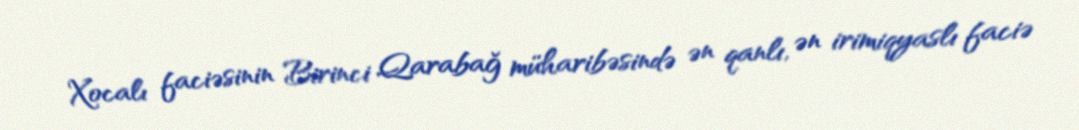
Xocalı faciəsinin Birinci Qarabağ müharibəsində ən qanlı, ən irimiqyaslı faciə